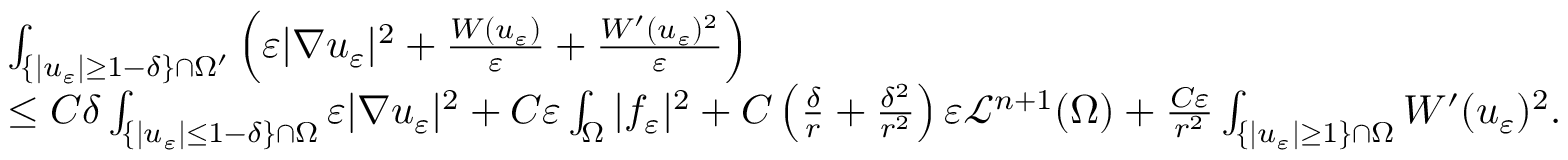
\begin{array} { r l } & { \int _ { \{ | u _ { \varepsilon } | \geq 1 - \delta \} \cap \Omega ^ { \prime } } \left( \varepsilon | \nabla u _ { \varepsilon } | ^ { 2 } + \frac { W ( u _ { \varepsilon } ) } { \varepsilon } + \frac { W ^ { \prime } ( u _ { \varepsilon } ) ^ { 2 } } { \varepsilon } \right) } \\ & { \leq C \delta \int _ { \{ | u _ { \varepsilon } | \leq 1 - \delta \} \cap \Omega } \varepsilon | \nabla u _ { \varepsilon } | ^ { 2 } + C \varepsilon \int _ { \Omega } | f _ { \varepsilon } | ^ { 2 } + C \left( \frac { \delta } { r } + \frac { \delta ^ { 2 } } { r ^ { 2 } } \right) \varepsilon \mathcal L ^ { n + 1 } ( \Omega ) + \frac { C \varepsilon } { r ^ { 2 } } \int _ { \{ | u _ { \varepsilon } | \geq 1 \} \cap \Omega } W ^ { \prime } ( u _ { \varepsilon } ) ^ { 2 } . } \end{array}